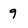
Character: 9